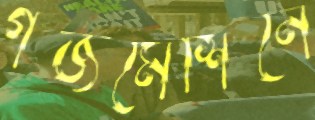
গজমেশিনে